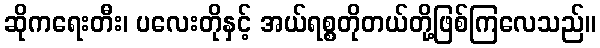
ဆိုကရေးတီး၊ ပလေးတိုနှင့် အယ်ရစ္စတိုတယ်တို့ဖြစ်ကြလေသည်။